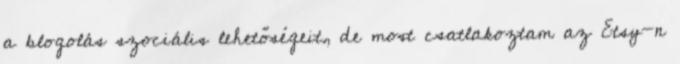
a blogolás szociális lehetőségeit, de most csatlakoztam az Etsy-n